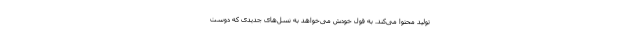
تولید محتوا می‌کند. به قول خودش می‌خواهد به نسل‌های جدیدی که دوست